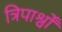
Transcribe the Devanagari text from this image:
त्रिपार्श्वों